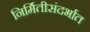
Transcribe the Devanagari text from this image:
निर्मितीसंदर्भात